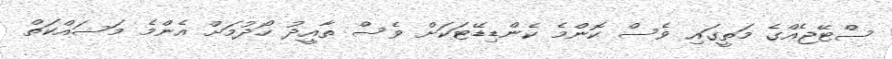
ސްޓޭޖެއްގެ މަތީގައި ވެސް ކޮންމެ ކެންޑިޑޭޓަކަށް ވެސް ތާއީދު ހޯދުމަށް އެންމެ މަސައްކަތް